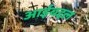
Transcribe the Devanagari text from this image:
आईबद्दल